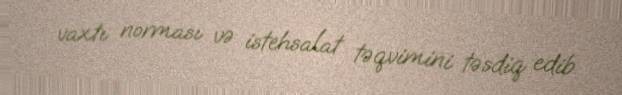
vaxtı norması və istehsalat təqvimini təsdiq edib.